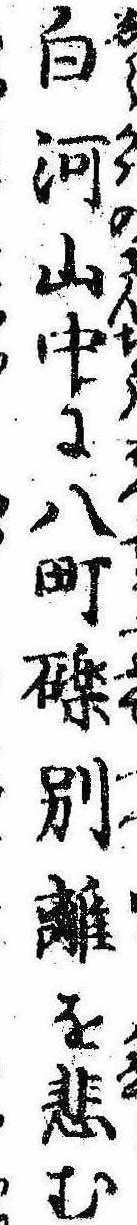
白河山中に八町礫別離を悲む